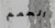
الحمم